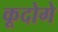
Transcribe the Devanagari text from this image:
कूदोगे